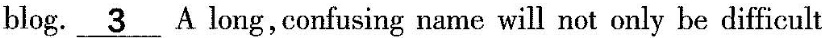
blog. \underline{3}